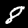
Label: 8